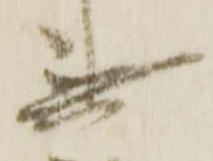
無